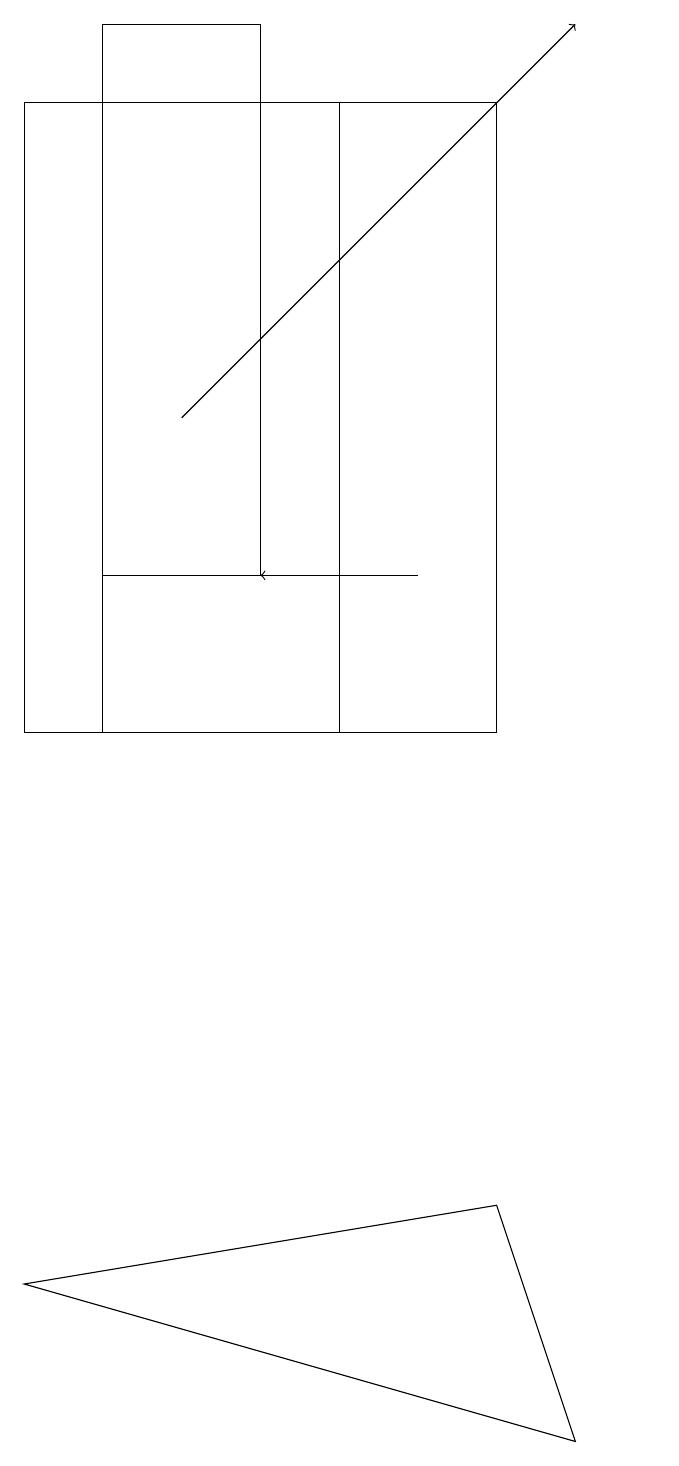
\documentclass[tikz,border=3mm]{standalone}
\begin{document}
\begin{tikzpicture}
\draw (5,19) rectangle (3,12);
\draw (6,18) rectangle (3,10);
\draw[->] (7,12) -- (5,12);
\draw (2,18) rectangle (8,10);
\draw[->] (4,14) -- (9,19);
\draw (2,3) -- (9,1) -- (8,4) -- cycle;
\draw (10,12) circle (0);
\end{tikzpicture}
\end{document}